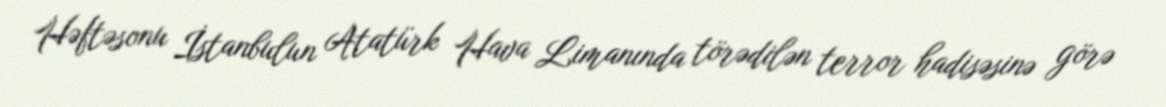
Həftəsonu İstanbulun Atatürk Hava Limanında törədilən terror hadisəsinə görə